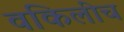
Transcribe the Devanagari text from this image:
वकिलीच